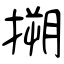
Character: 搠